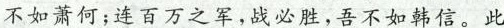
不如萧何；连百万之军，战必胜，吾不如韩信。此